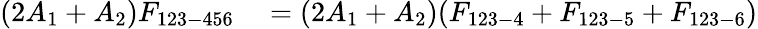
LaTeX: \begin{array}{rl}{(2A_{1}+A_{2})F_{123-456}}&{{}=(2A_{1}+A_{2})(F_{123-4}+F_{123-5}+F_{123-6})}\end{array}